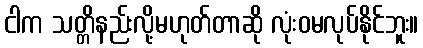
ငါက သတ္တိနည်းလို့မဟုတ်တာဆို လုံးဝမလုပ်နိုင်ဘူး။